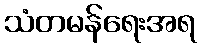
သံတမန်ရေးအရ